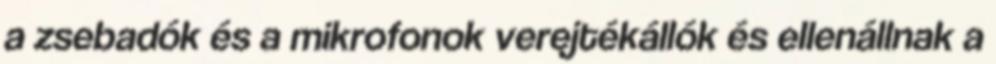
a zsebadók és a mikrofonok verejtékállók és ellenállnak a